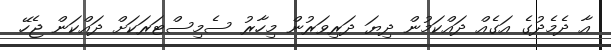
އާ ދެމެދުގެ އަގެއް ދައްކަމުން ދިޔަ ދަރިވަރުން މިހާރު ސެމިސްޓަރަކަށް ދައްކަން ޖެހޭ